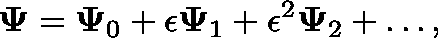
\mathbf { \Psi } = \mathbf { \Psi } _ { 0 } + \epsilon \mathbf { \Psi } _ { 1 } + \epsilon ^ { 2 } \mathbf { \Psi } _ { 2 } + \dots ,